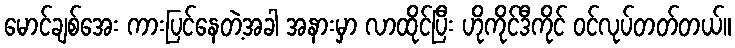
မောင်ချစ်အေး ကားပြင်နေတဲ့အခါ အနားမှာ လာထိုင်ပြီး ဟိုကိုင်ဒီကိုင် ဝင်လုပ်တတ်တယ်။